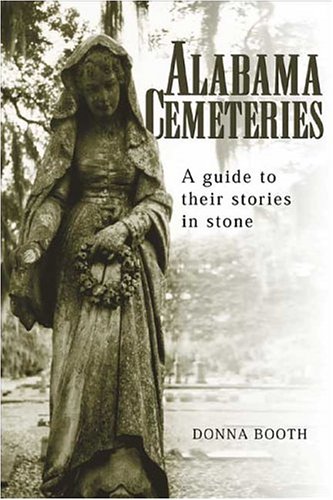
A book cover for Alabama Cemeteries; Donna Booth; Travel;